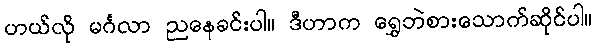
ဟယ်လို မင်္ဂလာ ညနေခင်းပါ။ ဒီဟာက ရွှေဘဲစားသောက်ဆိုင်ပါ။